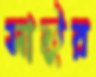
সান্টুর